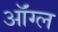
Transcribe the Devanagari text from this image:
ऑंग्ल